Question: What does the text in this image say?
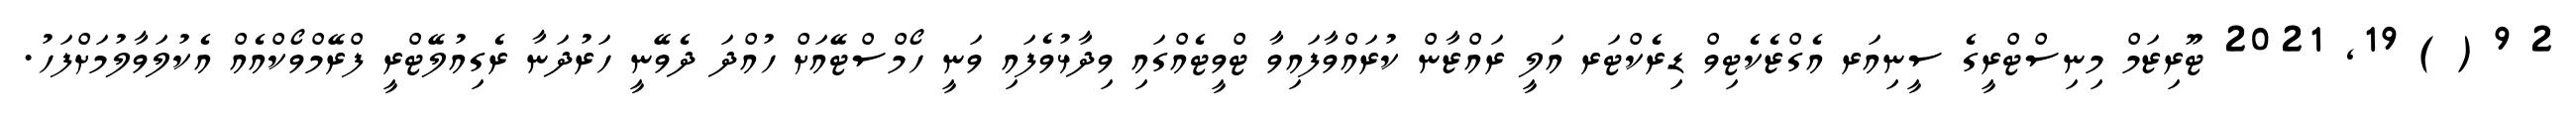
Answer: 2 9 ( ) 19, 2021 ޓޫރިޒަމް މިނިސްޓްރީގެ ސީނިއަރ އެގްޒެކެޓިވް ޑިރެކްޓަރ އަލީ ރައްޒާން ކުރައްވާފައިވާ ޓްވީޓެއްގައި ވިދާޅުވެފައި ވަނީ ހޯމްސްޓޭއަށް ހުއްދަ ދެވޭނީ ހަރުދަނާ ރެގިއުލޭޓްރީ ފްރޭމްވޯކްއެއް އެކުލަވާލުމަށްފަހު.